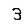
Digit: 3